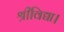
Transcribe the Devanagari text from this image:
श्रीविद्या।